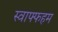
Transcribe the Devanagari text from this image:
स्वाफ्फहम